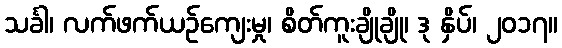
သင်္ခါ၊ လက်ဖက်ယဉ်ကျေးမှု၊ စိတ်ကူးချိုချို၊ ဒု နှိပ်၊ ၂၀၁၇။